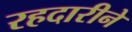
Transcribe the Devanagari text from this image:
रहदारीने